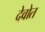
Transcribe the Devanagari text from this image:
देवोत